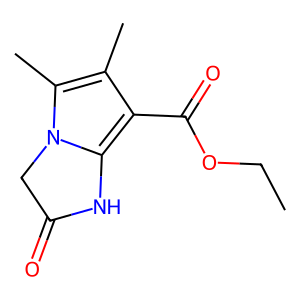
SMILES: CCOC(=O)c1c(C)c(C)n2c1NC(=O)C2
Inhibits HIV replication: No